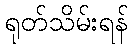
ရုတ်သိမ်းရန်